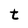
Character: t